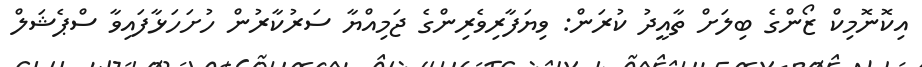
އިކޮނޮމިކް ޒޯންގެ ބިލަށް ތާއީދު ކުރަން: ވިޔަފާރިވެރިންގެ ޖަމިއްޔާ ސަރުކާރުން ހުށަހަޅާފައިވާ ސްޕެޝަލް